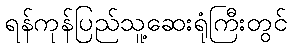
ရန်ကုန်ပြည်သူ့ဆေးရုံကြီးတွင်